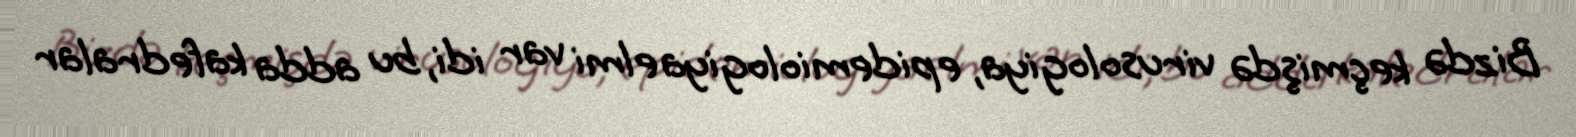
Bizdə keçmişdə virusologiya, epidemiologiya elmi var idi, bu adda kafedralar